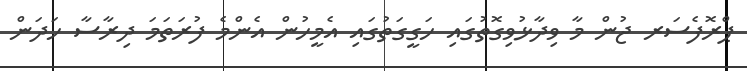
ޕްރޮފެސަރ ޖުން މާ ވިދާޅުވިގޮތުގައި ހަގީގަތުގައި އެމީހުން އެންމެ ފުރަތަމަ ދިރާސާ ހަދަން